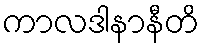
ကာလဒါနာနီတိ